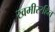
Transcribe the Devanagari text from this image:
खमीररहित